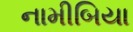
નામીબિયા